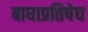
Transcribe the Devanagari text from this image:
बाघाप्रतिषेघ